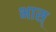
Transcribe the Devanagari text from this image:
भास्